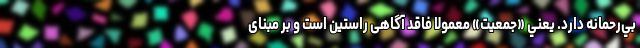
بي‌رحمانه دارد. يعني «جمعيت» معمولاً فاقد آگاهی راستين است و بر مبنای